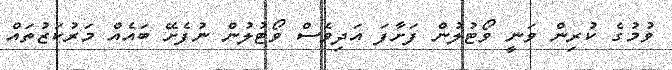
ވުމުގެ ކުރިން ވަނީ ވޯޓުލުން ފަށާފަ އަދިވެސް ވޯޓުލުން ނުފެށޭ ބައެއް މަރުކަޒުތައް